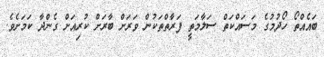
ބައެއްތޯ ހޯދުމުގެ މަސައްކަތް ސަލާމަތީ ފަރާތްތަކުން ވަރަށް ބާރަށް ކުރިއަށް ގެންދާ ކަމަށެވެ.